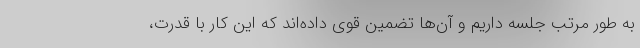
به طور مرتب جلسه داریم و آن‌ها تضمین قوی داده‌اند که این کار با قدرت،